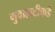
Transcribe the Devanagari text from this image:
गुवाहाटीकडे